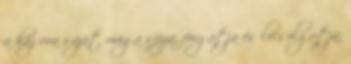
a ház ura saját maga sózza, forgatja és locsolgatja,